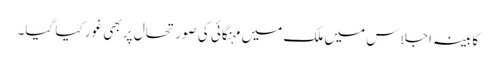
کابینہ اجلاس میں ملک میں مہنگائی کی صورتحال پر بھی غور کیا گیا۔